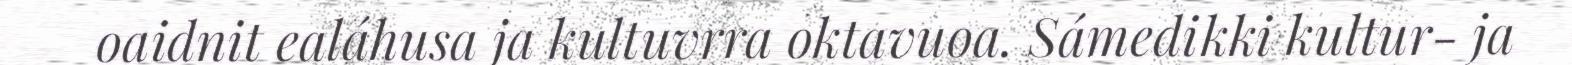
oaidnit ealáhusa ja kultuvrra oktavuoa. Sámedikki kultur- ja